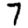
Digit: 7